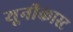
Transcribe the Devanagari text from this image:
यूनीकास्ट